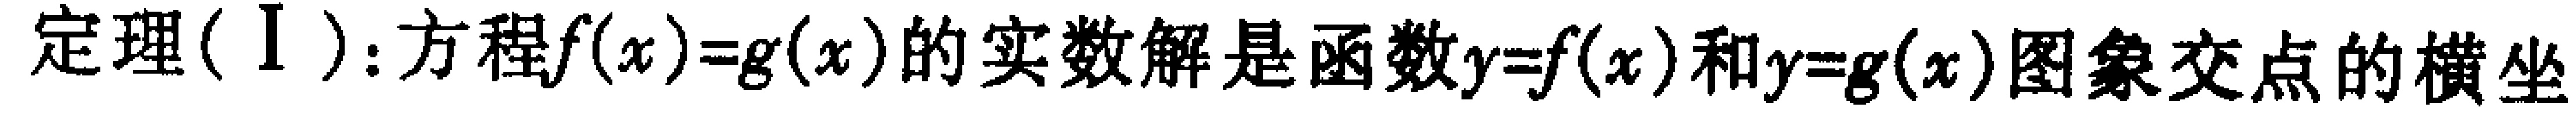
定理(Ⅰ):方程\(f(x)=g(x)\)的实数解是函数\(y = f(x)\)和\(y = g(x)\)图象交点的横坐